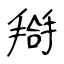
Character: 搿